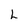
Character: h